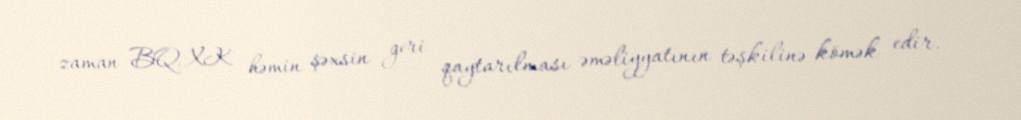
zaman BQXK həmin şəxsin geri qaytarılması əməliyyatının təşkilinə kömək edir.